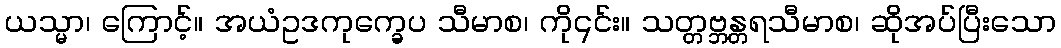
ယသ္မာ၊ ကြောင့်။ အယံဥဒကုက္ခေပ သီမာစ၊ ကို၎င်း။ သတ္တဗ္ဘန္တရသီမာစ၊ ဆိုအပ်ပြီးသော